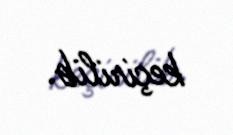
keçirilib.